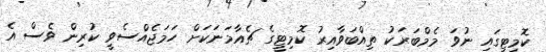
ކޮމިޓީގައި ނުވަ މެމްބަރަކު ތިއްބަވާއިރު ކޮމިޓީގެ ޗެއާމަނަކަށް ހަމަޖެއްސެވީ ކުރިން ވެސް އެ